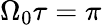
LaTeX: \Omega_{0}\tau=\pi